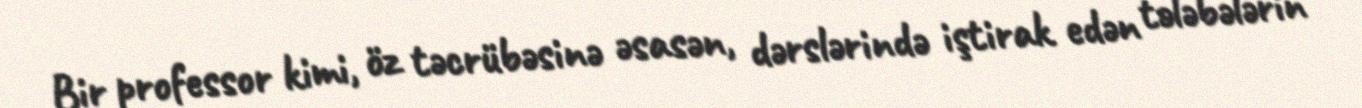
Bir professor kimi, öz təcrübəsinə əsasən, dərslərində iştirak edən tələbələrin